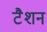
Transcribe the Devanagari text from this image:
टैशन